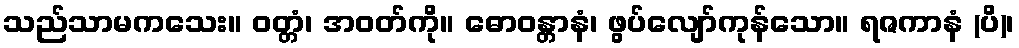
သည်သာမကသေး။ ဝတ္တံ၊ အဝတ်ကို။ ဓောဝန္တာနံ၊ ဖွပ်လျော်ကုန်သော။ ရဇကာနံ (ပိ)၊